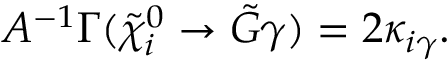
{ \cal A } ^ { - 1 } \Gamma ( \tilde { \chi } _ { i } ^ { 0 } \rightarrow \tilde { G } \gamma ) = 2 \kappa _ { i \gamma } .